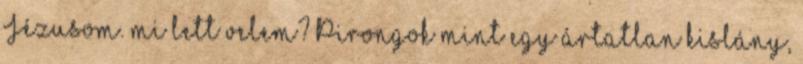
Jézusom. mi lett velem? Pirongok mint egy ártatlan kislány,